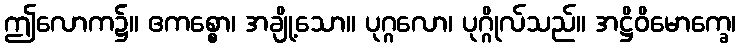
ဤလောက၌။ ဧကစ္စော၊ အချို့သော။ ပုဂ္ဂလော၊ ပုဂ္ဂိုလ်သည်။ အဋ္ဌိဝိမောက္ခေ၊